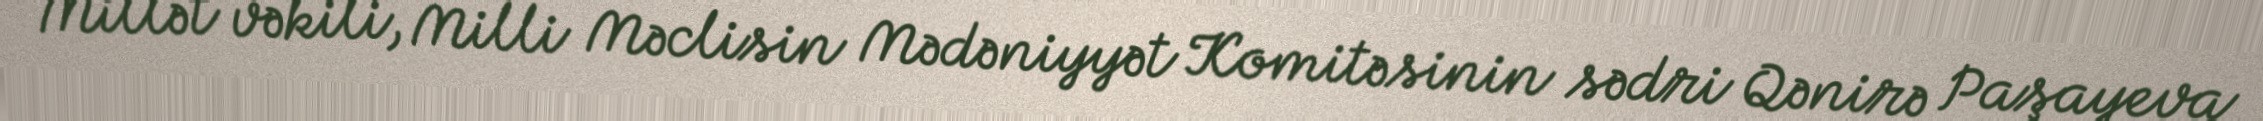
Millət vəkili, Milli Məclisin Mədəniyyət Komitəsinin sədri Qənirə Paşayeva